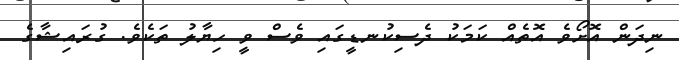
ނިދަން އޮށޯވެ އޮތެއް ކަމަކު ދެސިކުނޑީގައި ވެސް ވީ ހިޔާލު ތަކެވެ. ގުރައިޝާގެ